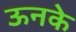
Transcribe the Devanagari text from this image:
ऊनके